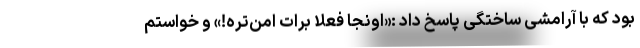
بود که با آرامشی ساختگی پاسخ داد :«اونجا فعلاً برات امن‌تره!» و خواستم